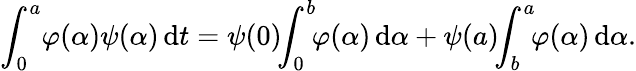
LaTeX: \int_{0}^{a}\! \varphi(\alpha)\psi(\alpha)\, \mathrm dt=\psi(0)\! \! \int_{0}^{b}\! \! \varphi(\alpha)\, \mathrm d\alpha+\psi(a)\! \! \int_{b}^{a}\! \! \varphi(\alpha)\, \mathrm d\alpha.